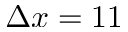
\Delta x = 1 1